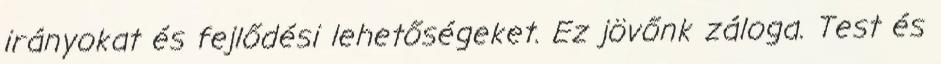
irányokat és fejlődési lehetőségeket. Ez jövőnk záloga. Test és